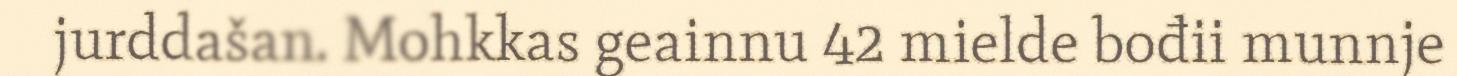
jurddašan. Mohkkas geainnu 42 mielde bođii munnje